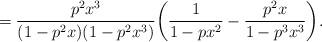
LaTeX: \begin{align*}= \frac{p^2x^3}{(1-p^2x)(1-p^2x^3)}\bigg(\frac{1}{1-px^2} - \frac{p^2x}{1-p^3x^3}\bigg). \end{align*}